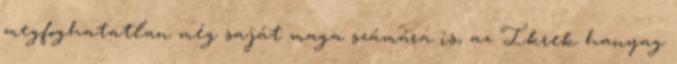
megfoghatatlan még saját maga számára is, az Ikrek hanyag